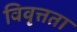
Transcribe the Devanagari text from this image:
विवृत्तता